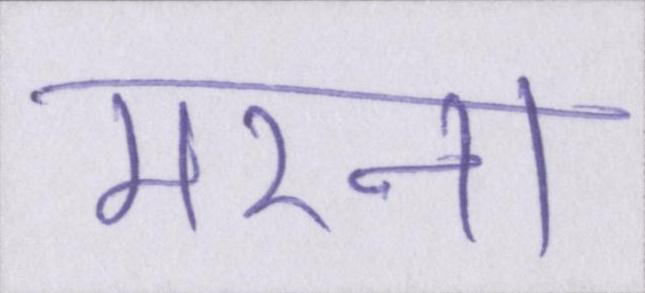
मरना